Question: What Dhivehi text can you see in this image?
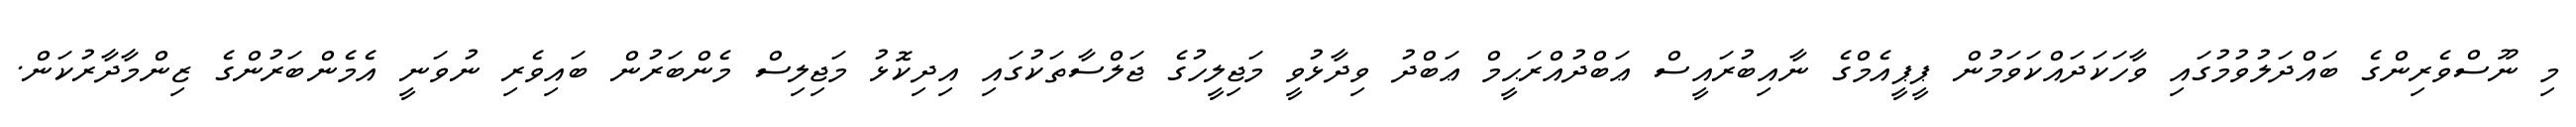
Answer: މި ނޫސްވެރިންގެ ބައްދަލުވުމުގައި ވާހަކަދައްކަވަމުން ޕީޕީއެމްގެ ނާއިބުރައީސް ޢަބްދުއްރަޙީމް ޢަބްދު ވިދާޅުވީ މަޖިލީހުގެ ޖަލްސާތަކުގައި އިދިކޮޅު މަޖިލިސް މެންބަރުން ބައިވެރި ނުވަނީ އެމެންބަރުންގެ ޒިންމާދާރުކަން.